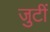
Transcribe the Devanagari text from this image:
जुटीं